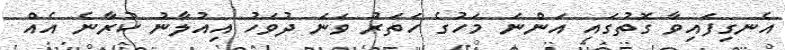
އެނގިފައިވާ ގޮތުގައި އަންނަ މަހުގެ ހަތަރު ވަނަ ދުވަހު އިއުލާނު ކުރާނެ އެއް